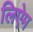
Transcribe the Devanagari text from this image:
लिऐम